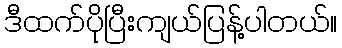
ဒီထက်ပိုပြီးကျယ်ပြန့်ပါတယ်။